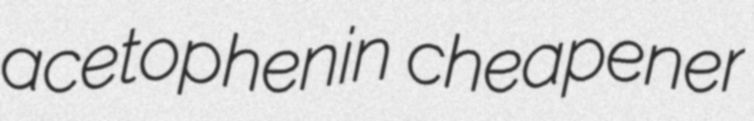
acetophenin cheapener